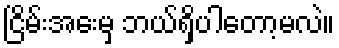
ငြိမ်းအေးမှ ဘယ်ရှိပါတော့မလဲ။